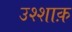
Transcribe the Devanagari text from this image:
उश्शाक़